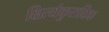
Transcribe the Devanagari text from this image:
क्षित्यंकुरादिक